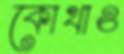
কোথাও